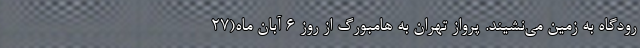
رودگاه به زمین می‌نشیند. پرواز تهران به هامبورگ از روز ۶ آبان ماه(۲۷